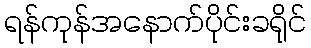
ရန်ကုန်အနောက်ပိုင်းခရိုင်